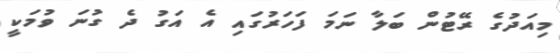
މިއަދުގެ ރޭޓުން ބަލާ ނަމަ ފަހަރުގައި އެ އަގު ދެ ގުނަ ވުމަކީ